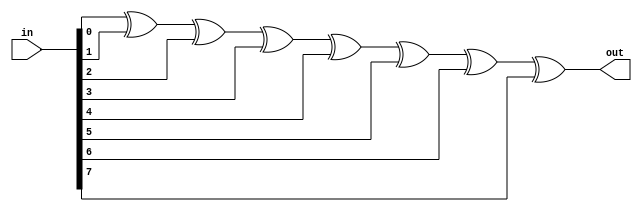
`timescale 1ns / 1ps
//////////////////////////////////////////////////////////////////////////////////
// Company: 
// Engineer: 
// 
// Design Name: 
// Module Name: crc_calc
// Project Name: 
// Target Devices: 
// Tool Versions: 
// Description: 
// 
// Dependencies: 
// 
// Revision:
// Revision 0.01 - File Created
// Additional Comments:
// 
//////////////////////////////////////////////////////////////////////////////////


module crc_calc(
        input [7:0] in,
        output out 
    );
    
    assign out = in[0] ^ in[1] ^ in[2] ^ in[3] ^ in[4] ^ in[5] ^ in[6] ^ in[7];
    
    
    
    
endmodule